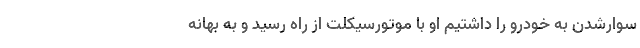
سوارشدن به خودرو را داشتیم او با موتورسیکلت از راه رسید و به بهانه